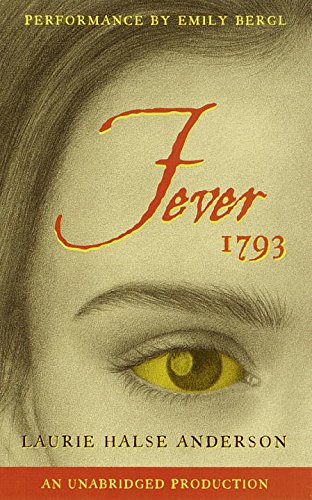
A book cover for Fever 1793; Laurie Halse Anderson; Literature & Fiction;